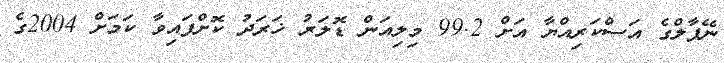
ނޭޕާލްގެ އަސްކަރިއްޔާ އަށް 99.2 މިލިއަން ޑޮލަރު ޚަރަދު ކޮށްފައިވާ ކަމަށް 2004ގެ